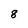
Character: 8